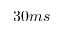
3 0 m s